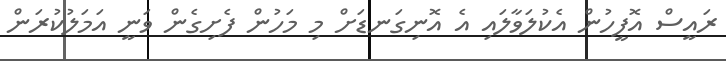
ރައީސް އޮފީހުން އެކުލަވާލައި އެ އޮނިގަނޑަށް މި މަހުން ފެށިގެން ވަނީ އަމަލުކުރަން